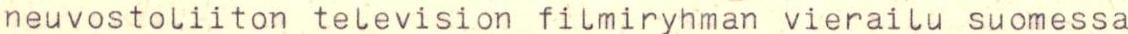
neuvostoliiton television filmiryhman vierailu suomessa